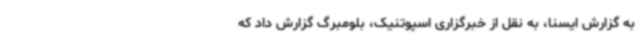
به گزارش ایسنا، به نقل از خبرگزاری اسپوتنیک، بلومبرگ گزارش داد که